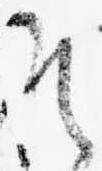
そ